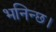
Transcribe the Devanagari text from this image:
भनिन्छ।